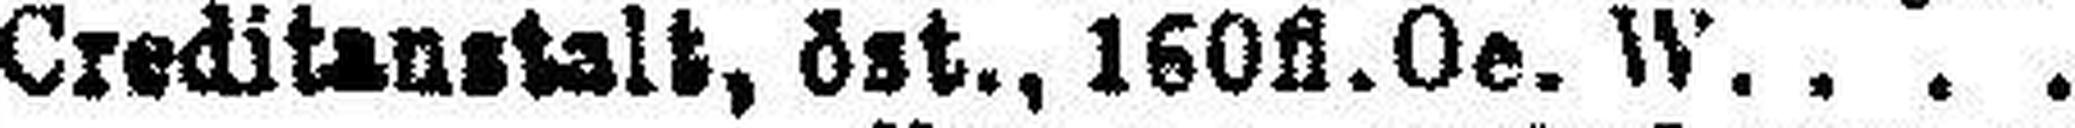
Creditanstalt, öst., 160fl. Oe. W.